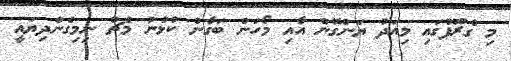
މި ގްރޫޕުގައި މިއަދު ޔަންގޮން އާއި މޯހަން ބަގާން ކުޅުނު މެޗު ނިމިގެންދިޔައީ